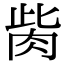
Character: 胔